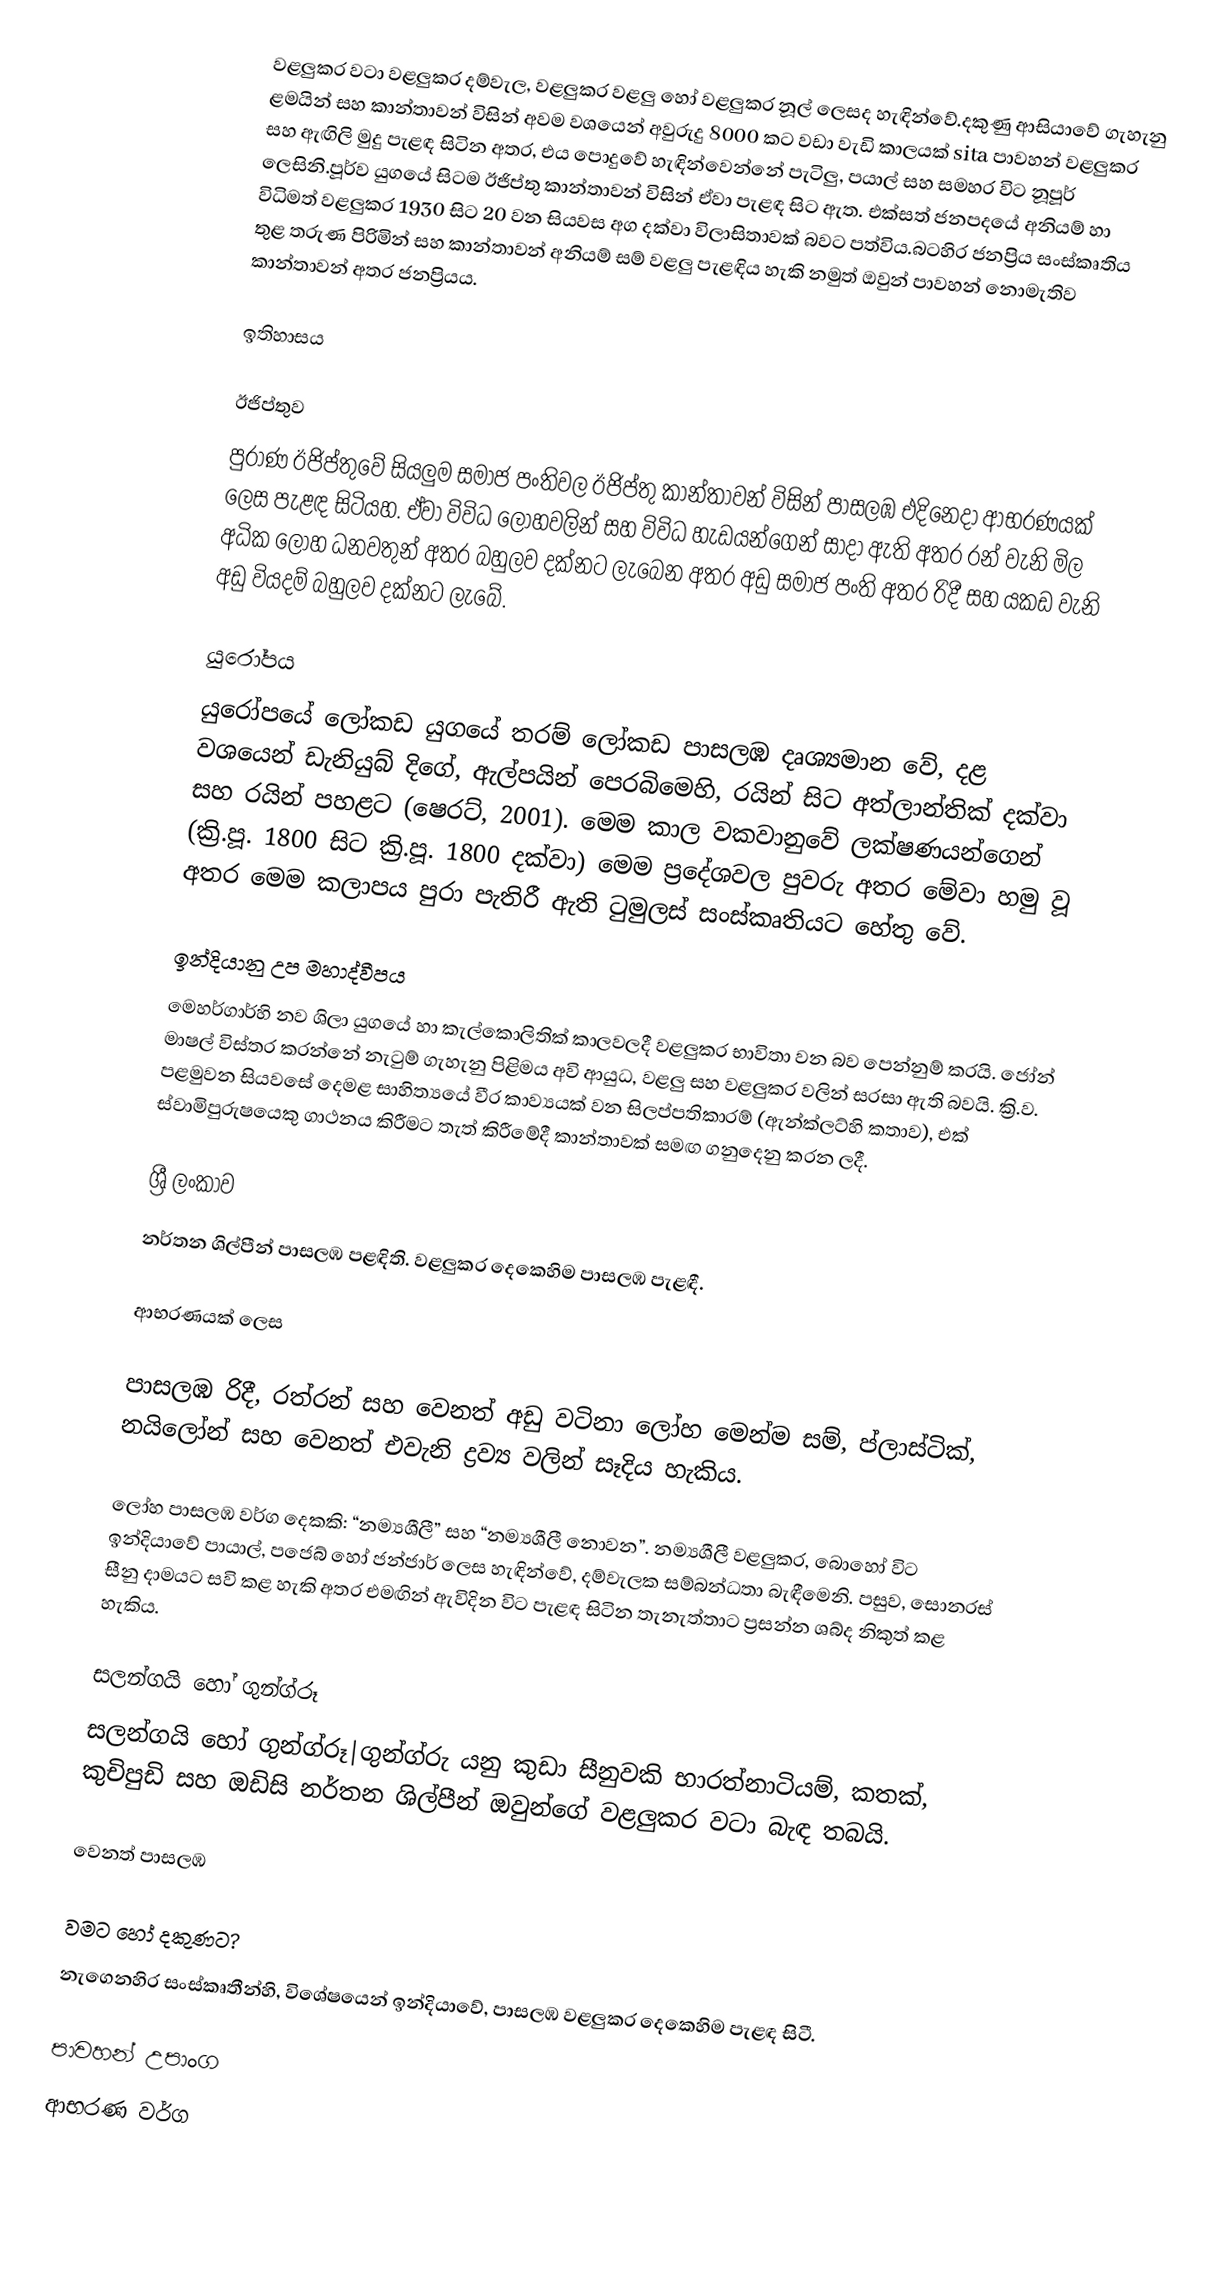
වළලුකර වටා වළලුකර දම්වැල, වළලුකර වළලු හෝ වළලුකර නූල් ලෙසද හැඳින්වේ.දකුණු ආසියාවේ ගැහැනු ළමයින් සහ කාන්තාවන් විසින් අවම වශයෙන් අවුරුදු 8000 කට වඩා වැඩි කාලයක් sita පාවහන් වළලුකර සහ ඇඟිලි මුදු පැළඳ සිටින අතර, එය පොදුවේ හැඳින්වෙන්නේ පැටිලු, පයාල් සහ සමහර විට නූපූර් ලෙසිනි.පූර්ව යුගයේ සිටම ඊජිප්තු කාන්තාවන් විසින් ඒවා පැළඳ සිට ඇත. එක්සත් ජනපදයේ අනියම් හා විධිමත් වළලුකර 1930 සිට 20 වන සියවස අග දක්වා විලාසිතාවක් බවට පත්විය.බටහිර ජනප්‍රිය සංස්කෘතිය තුළ තරුණ පිරිමින් සහ කාන්තාවන් අනියම් සම් වළලු පැළඳිය හැකි නමුත් ඔවුන් පාවහන් නොමැතිව කාන්තාවන් අතර ජනප්‍රියය.

ඉතිහාසය

ඊජිප්තුව
පුරාණ ඊජිප්තුවේ සියලුම සමාජ පංතිවල ඊජිප්තු කාන්තාවන් විසින් පාසලඹ එදිනෙදා ආභරණයක් ලෙස පැළඳ සිටියහ. ඒවා විවිධ ලෝහවලින් සහ විවිධ හැඩයන්ගෙන් සාදා ඇති අතර රන් වැනි මිල අධික ලෝහ ධනවතුන් අතර බහුලව දක්නට ලැබෙන අතර අඩු සමාජ පංති අතර රිදී සහ යකඩ වැනි අඩු වියදම් බහුලව දක්නට ලැබේ.

යුරෝපය
යුරෝපයේ ලෝකඩ යුගයේ තරම් ලෝකඩ පාසලඹ දෘශ්‍යමාන වේ, දළ වශයෙන් ඩැනියුබ් දිගේ, ඇල්පයින් පෙරබිමෙහි, රයින් සිට අත්ලාන්තික් දක්වා සහ රයින් පහළට (ෂෙරට්, 2001). මෙම කාල වකවානුවේ ලක්ෂණයන්ගෙන් (ක්‍රි.පූ. 1800 සිට ක්‍රි.පූ. 1800 දක්වා) මෙම ප්‍රදේශවල පුවරු අතර මේවා හමු වූ අතර මෙම කලාපය පුරා පැතිරී ඇති ටුමුලස් සංස්කෘතියට හේතු වේ.

ඉන්දියානු උප මහාද්වීපය
මෙහර්ගාර්හි නව ශිලා යුගයේ හා කැල්කොලිතික් කාලවලදී වළලුකර භාවිතා වන බව පෙන්නුම් කරයි. ජෝන් මාෂල් විස්තර කරන්නේ නැටුම් ගැහැනු පිළිමය අවි ආයුධ, වළලු සහ වළලුකර වලින් සරසා ඇති බවයි. ක්‍රි.ව. පළමුවන සියවසේ දෙමළ සාහිත්‍යයේ වීර කාව්‍යයක් වන සිලප්පතිකාරම් (ඇන්ක්ලට්හි කතාව), එක් ස්වාමිපුරුෂයෙකු ගාථනය කිරීමට තැත් කිරීමේදී කාන්තාවක් සමඟ ගනුදෙනු කරන ලදී.

ශ්‍රී ලංකාව
නර්තන ශිල්පීන් පාසලඹ පළඳිති. වළලුකර දෙකෙහිම පාසලඹ පැළඳී.

ආභරණයක් ලෙස

පාසලඹ රිදී, රත්රන් සහ වෙනත් අඩු වටිනා ලෝහ මෙන්ම සම්, ප්ලාස්ටික්, නයිලෝන් සහ වෙනත් එවැනි ද්‍රව්‍ය වලින් සෑදිය හැකිය.

ලෝහ පාසලඹ වර්ග දෙකකි: “නම්‍යශීලී” සහ “නම්‍යශීලී නොවන”. නම්‍යශීලී වළලුකර, බොහෝ විට ඉන්දියාවේ පායාල්, පජෙබ් හෝ ජන්ජාර් ලෙස හැඳින්වේ, දම්වැලක සම්බන්ධතා බැඳීමෙනි. පසුව, සොනරස් සීනු දාමයට සවි කළ හැකි අතර එමඟින් ඇවිදින විට පැළඳ සිටින තැනැත්තාට ප්‍රසන්න ශබ්ද නිකුත් කළ හැකිය.

සලන්ගයි හෝ ගුන්ග්රූ
සලන්ගයි හෝ ගුන්ග්රූ|ගුන්ග්රු යනු කුඩා සීනුවකි භාරත්නාටියම්, කතක්, කුචිපුඩි සහ ඔඩිසි නර්තන ශිල්පීන් ඔවුන්ගේ වළලුකර වටා බැඳ තබයි.

වෙනත් පාසලඹ

වමට හෝ දකුණට?
නැගෙනහිර සංස්කෘතීන්හි, විශේෂයෙන් ඉන්දියාවේ, පාසලඹ වළලුකර දෙකෙහිම පැළඳ සිටී.

පාවහන් උපාංග
ආභරණ වර්ග